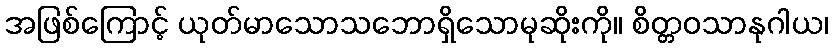
အဖြစ်ကြောင့် ယုတ်မာသောသဘောရှိသောမုဆိုးကို။ စိတ္တဝသာနုဂါယ၊